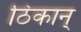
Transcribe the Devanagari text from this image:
ठिकान्